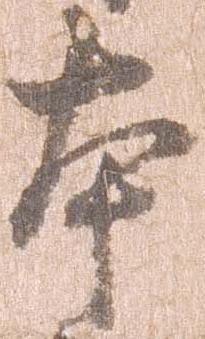
本